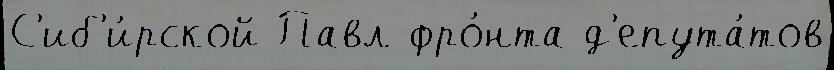
С'иб'и́рской Павл фро́нта д'епута́тов